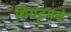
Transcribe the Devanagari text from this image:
थियट्टमचे